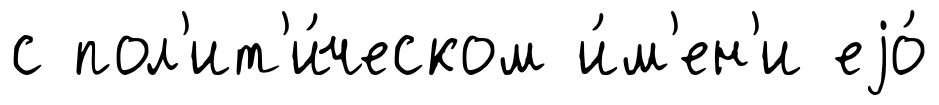
с пол'ит'и́ческом и́м'ен'и еjо́